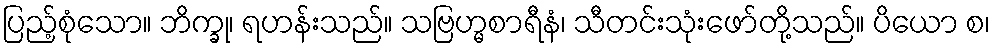
ပြည့်စုံသော။ ဘိက္ခု၊ ရဟန်းသည်။ သဗြဟ္မစာရီနံ၊ သီတင်းသုံးဖော်တို့သည်။ ပိယော စ၊